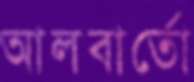
আলবার্তো